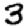
Digit: 3